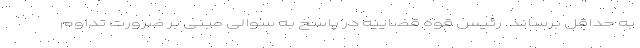
به حداقل برساند. رئیس قوه قضاییه در پاسخ به سوالی مبنی بر ضرورت تداوم